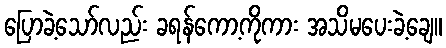
ပြောခဲ့သော်လည်း ခရန်ကော့ကိုကား အသိမပေးခဲ့ချေ။